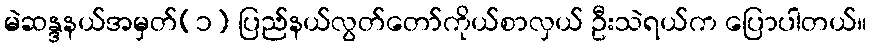
မဲဆန္ဒနယ်အမှတ်(၁) ပြည်နယ်လွတ်တော်ကိုယ်စာလှယ် ဦးသဲရယ်က ပြောပါတယ်။